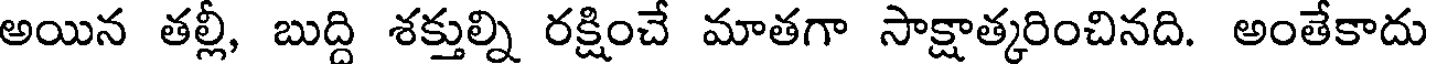
అయిన తల్లీ, బుద్ది శక్తుల్ని రక్షించే మాతగా సాక్షాత్కరించినది. అంతేకాదు